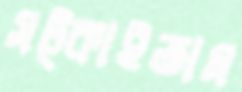
সট্‌কাইতাম